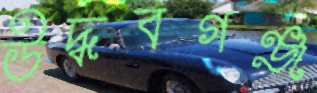
উদ্ধবগঞ্জ